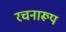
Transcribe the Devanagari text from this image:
रचनारूप